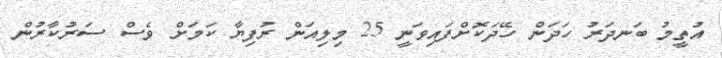
އުތީމު ބަނދަރު ހަދަން ހޭދަކޮށްފައިވަނީ 25 މިލިއަން ރުފިޔާ ކަމަށް ވެސް ސަރުކާރުން